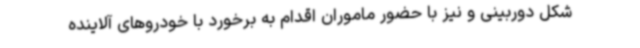
شکل دوربینی و نیز با حضور ماموران اقدام به برخورد با خودروهای آلاینده